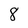
Character: 8